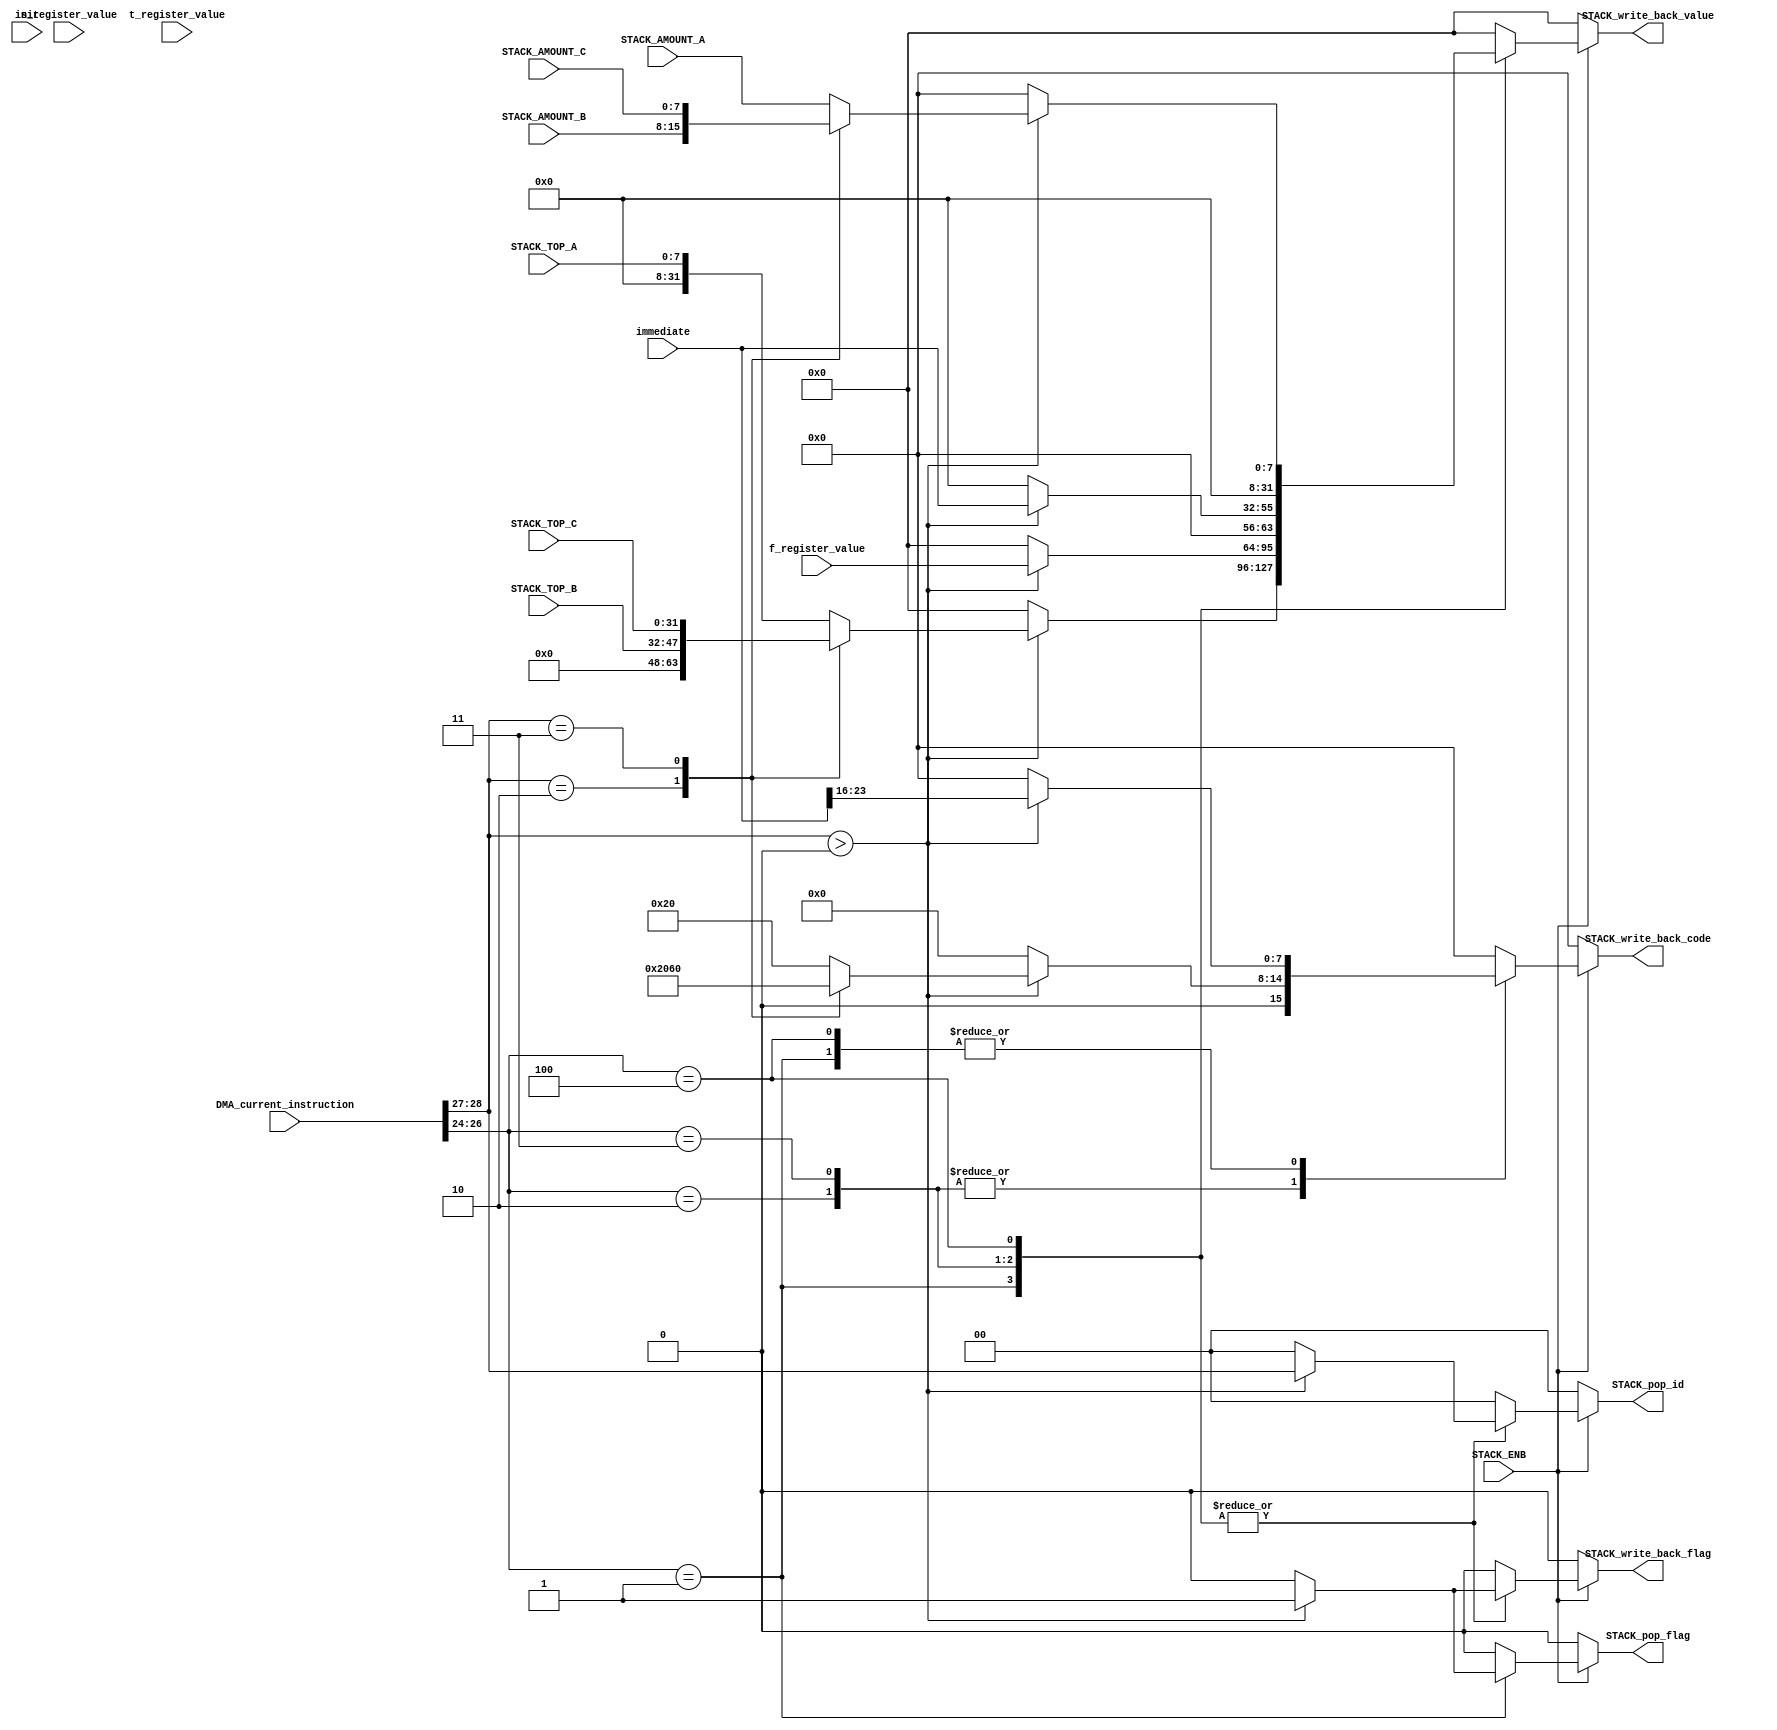
module StackDecoder(
	input init,
	input STACK_ENB,
	input [31:0] DMA_current_instruction,
	input [31:0] f_register_value,
	input [31:0] s_register_value,
	input [31:0] t_register_value,
	input [23:0] immediate,
	
	input [7:0] STACK_TOP_A,
	input [15:0] STACK_TOP_B,
	input [31:0] STACK_TOP_C,
	
	input [7:0] STACK_AMOUNT_A,
	input [7:0] STACK_AMOUNT_B,
	input [7:0] STACK_AMOUNT_C,
	
	output reg [1:0] STACK_pop_id,
	output reg STACK_pop_flag,

	output reg STACK_write_back_flag,
	output reg [7:0] STACK_write_back_code,
	output reg [31:0] STACK_write_back_value

);

	// STACK REGISTERs
	parameter A = 8'b00100000;
	parameter B = 8'b01000000;
	parameter C = 8'b01100000;

	always@(*) begin

		if (!init) begin
			STACK_pop_flag = 0;
			STACK_pop_id = 0;
			STACK_write_back_flag = 0;
			STACK_write_back_code = 0;
			STACK_write_back_value = 0;
		end

		if (STACK_ENB) begin
			case (DMA_current_instruction[26:24])
				
				(3'b001): begin // POP
					if (DMA_current_instruction[28:27] > 0) begin
						STACK_write_back_flag = 1;
						STACK_write_back_code = immediate[23:16];
						STACK_pop_flag = 1;
						STACK_pop_id = DMA_current_instruction[28:27];
						
						case (DMA_current_instruction[28:27])
						
							(2'b01): STACK_write_back_value = STACK_TOP_A;
							(2'b10): STACK_write_back_value = STACK_TOP_B;
							(2'b11): STACK_write_back_value = STACK_TOP_C;

							default: STACK_write_back_value = STACK_TOP_A;
						endcase

					end else begin
						STACK_write_back_flag = 0;
						STACK_write_back_code = 0;
						STACK_write_back_value = 0;
						STACK_pop_id = 0;
						STACK_pop_flag = 0;
					end

				end
				
				(3'b010): begin // PUSH
					if (DMA_current_instruction[28:27] > 0) begin
						STACK_write_back_flag = 1;
						STACK_pop_id = DMA_current_instruction[28:27];
						STACK_pop_flag = 0;
						STACK_write_back_value = f_register_value;
						
						case (DMA_current_instruction[28:27])
						
							(2'b01): STACK_write_back_code = A;
							(2'b10): STACK_write_back_code = B;
							(2'b11): STACK_write_back_code = C;

							default: STACK_write_back_code = A;
						endcase

					end else begin
						STACK_write_back_flag = 0;
						STACK_write_back_code = 0;
						STACK_write_back_value = 0;
						STACK_pop_id = 0;
						STACK_pop_flag = 0;
					end

				end
				
				(3'b011): begin // PUSHi
					if (DMA_current_instruction[28:27] > 0) begin
						STACK_write_back_flag = 1;
						STACK_pop_id = DMA_current_instruction[28:27];
						STACK_pop_flag = 0;
						STACK_write_back_value = immediate[23:0];
						
						
						case (DMA_current_instruction[28:27])
						
							(2'b01): STACK_write_back_code = A;
							(2'b10): STACK_write_back_code = B;
							(2'b11): STACK_write_back_code = C;

							default: STACK_write_back_code = A;
						endcase

					end else begin
						STACK_write_back_flag = 0;
						STACK_write_back_code = 0;
						STACK_write_back_value = 0;
						STACK_pop_id = 0;
						STACK_pop_flag = 0;
					end

				end
				
				(3'b100): begin // GSA - Get Stack Amount
					if (DMA_current_instruction[28:27] > 0) begin
						STACK_write_back_flag = 1;
						STACK_write_back_code = immediate[23:16];
						STACK_pop_flag = 0;
						STACK_pop_id = DMA_current_instruction[28:27];
						
						case (DMA_current_instruction[28:27])
						
							(2'b01): STACK_write_back_value = STACK_AMOUNT_A;
							(2'b10): STACK_write_back_value = STACK_AMOUNT_B;
							(2'b11): STACK_write_back_value = STACK_AMOUNT_C;

							default: STACK_write_back_value = STACK_AMOUNT_A;
						endcase

					end else begin
						STACK_write_back_flag = 0;
						STACK_write_back_code = 0;
						STACK_write_back_value = 0;
						STACK_pop_id = 0;
						STACK_pop_flag = 0;
					end

				end
			
				default: begin
					STACK_write_back_flag = 0;
					STACK_write_back_code = 0;
					STACK_write_back_value = 0;
					STACK_pop_id = 0;
					STACK_pop_flag = 0;
				end
			endcase
		 end else begin
				STACK_write_back_flag = 0;
				STACK_write_back_code = 0;
				STACK_write_back_value = 0;
				STACK_pop_id = 0;
				STACK_pop_flag = 0;
		end
	end

endmodule